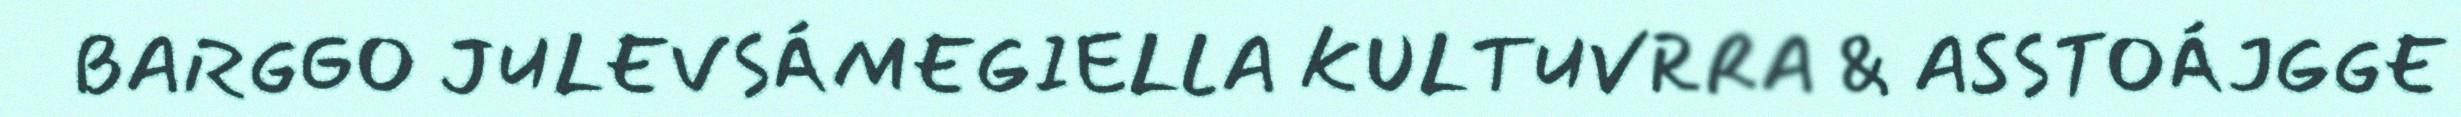
BARGGO JULEVSÁMEGIELLA KULTUVRRA & ASSTOÁJGGE